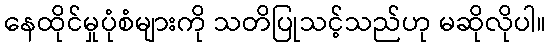
နေထိုင်မှုပုံစံများကို သတိပြုသင့်သည်ဟု မဆိုလိုပါ။